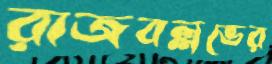
রাজবল্লভের